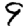
Digit: 9